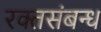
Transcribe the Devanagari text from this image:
रक्तसंबन्ध